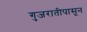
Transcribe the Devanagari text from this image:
गुजरातीपासून